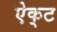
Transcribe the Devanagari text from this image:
ऐक्‌ट